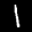
Label: 1